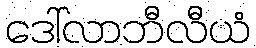
ဒေါ်လာဘီလီယံ